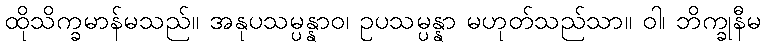
ထိုသိက္ခမာန်မသည်။ အနုပသမ္ပန္နာဝ၊ ဥပသမ္ပန္နာ မဟုတ်သည်သာ။ ဝါ၊ ဘိက္ခုနီမ